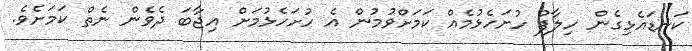
ކަނޑައެޅިގެން ހިލާފު ހުށަހެޅުމެއް ކަމަށްވުމުން އެ ހުށަހެޅުމަށް އިޖާބަ ދެވެން ނެތް ކަމަށެވެ.